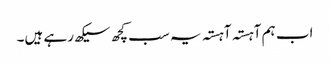
اب ہم آہستہ آہستہ یہ سب کچھ سیکھ رہے ہیں۔